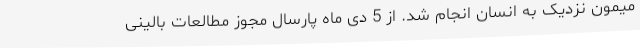
میمون نزدیک به انسان انجام شد. از 5 دی ماه پارسال مجوز مطالعات بالینی